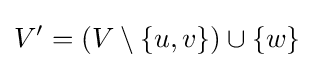
V'=(V\setminus \{u,v\})\cup \{w\}